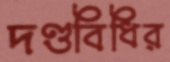
দণ্ডবিধির